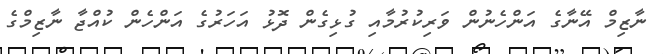
ނާޒިމް އޭނާގެ އަންހެނުން ވަރިކުރުމާއި ގުޅިގެން ދޮޅު އަހަރުގެ އަންހެން ކުއްޖާ ނާޒިމްގެ